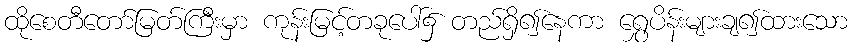
ထိုစေတီတော်မြတ်ကြီးမှာ ကုန်းမြင့်တခုပေါ်၌ တည်ရှိ၍နေကာ ရွှေပိန်းများချ၍ထားသော